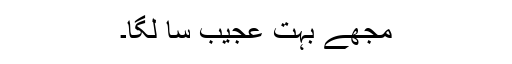
مجھے بہت عجیب سا لگا۔